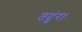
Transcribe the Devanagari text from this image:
तदुंरा